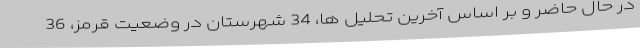
در حال حاضر و بر اساس آخرین تحلیل ها، 34 شهرستان در وضعیت قرمز، 36